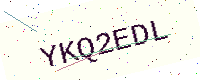
Text: YKQ2EDL